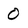
Character: 0